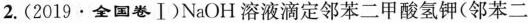
2.(2019·全国卷Ⅰ)NaOH溶液滴定邻苯二甲酸氢钾(邻苯二